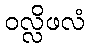
ဝလ္လိဖလံ